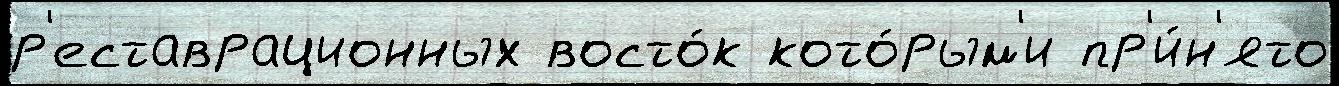
р'еставрационных восто́к кото́рым'и пр'и́н'ято